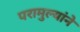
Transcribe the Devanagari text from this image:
परामुल्यांने